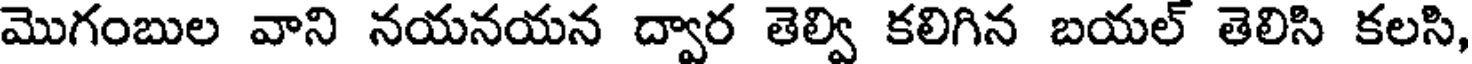
మొగంబుల వాని నయనయన ద్వార తెల్వి కలిగిన బయల్ తెలిసి కలసి,